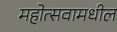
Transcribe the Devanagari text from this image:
महोत्सवामधील